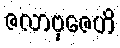
ဇလာဗုဇေဟိ